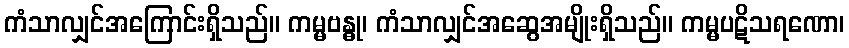
ကံသာလျှင်အကြောင်းရှိသည်။ ကမ္မဗန္ဓု၊ ကံသာလျှင်အဆွေအမျိုးရှိသည်။ ကမ္မပဋိသရဏော၊